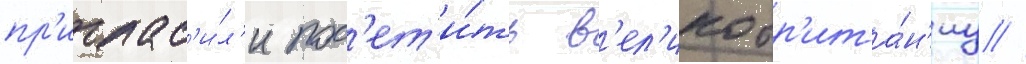
пр'иглас'и́л'и пос'ет'и́ть в'ел'икобр'ита́н'иу //